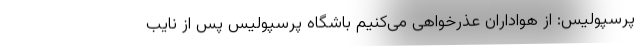
پرسپولیس: از هواداران عذرخواهی می‌کنیم باشگاه پرسپولیس پس از نایب